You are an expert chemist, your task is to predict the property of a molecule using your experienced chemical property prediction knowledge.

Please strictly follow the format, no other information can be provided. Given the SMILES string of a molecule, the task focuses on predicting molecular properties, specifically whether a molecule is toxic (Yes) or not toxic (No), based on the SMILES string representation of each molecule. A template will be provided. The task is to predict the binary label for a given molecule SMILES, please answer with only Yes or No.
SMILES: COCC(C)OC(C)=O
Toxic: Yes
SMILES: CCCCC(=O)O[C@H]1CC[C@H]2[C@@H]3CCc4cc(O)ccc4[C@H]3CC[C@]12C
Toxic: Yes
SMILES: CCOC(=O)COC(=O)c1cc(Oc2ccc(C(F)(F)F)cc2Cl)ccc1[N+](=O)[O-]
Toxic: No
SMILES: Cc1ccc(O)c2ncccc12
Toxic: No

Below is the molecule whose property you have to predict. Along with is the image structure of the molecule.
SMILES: COCCOCCOCCOCCOCCO
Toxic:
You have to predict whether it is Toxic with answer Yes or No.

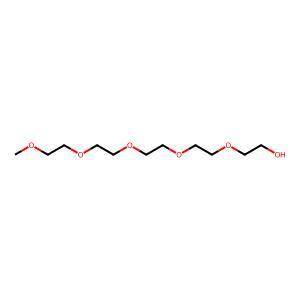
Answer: No